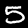
Label: 5